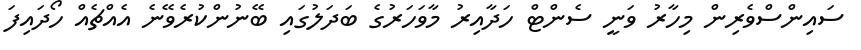
ސައިންސްވެރިން މިހާރު ވަނީ ސެންޓް ހަދާއިރު މާވަހަރުގެ ބަދަލުގައި ބޭނުންކުރެވޭނެ އެއްޗެއް ހޯދައިފަ